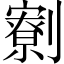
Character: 𠠙